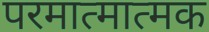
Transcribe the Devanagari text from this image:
परमात्मात्मक